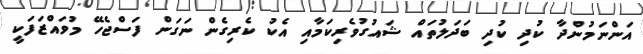
އަންނަމުންދާ ކުދި ކުދި ބަދަލުތައް ޝައުގުވެރިކަމާއި އެކު ކެރިގެން ނަގަން ފަސްޖެހޭ މުވައްޒަފަކީ